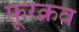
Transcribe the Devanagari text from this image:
फ़ूरक्रव